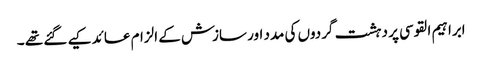
ابراہیم القوسی پر دہشت گردوں کی مدد اور سازش کے الزام عائد کیے گئے تھے ۔